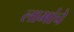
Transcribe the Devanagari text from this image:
लाभांचे